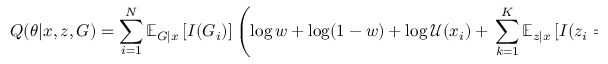
Q ( \theta | x , z , G ) = \sum _ { i = 1 } ^ { N } \mathbb { E } _ { G | x } \left[ I ( G _ { i } ) \right] \left( \log w + \log ( 1 - w ) + \log { \mathcal { U } ( x _ { i } ) } + \, \sum _ { k = 1 } ^ { K } \mathbb { E } _ { z | x } \left[ I ( z _ { i } = k ) \right] \left( \log \varphi _ { k } + \log p ( x _ { i } | \theta _ { k } ) \right) \right)